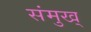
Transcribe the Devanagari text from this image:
संमुख्